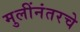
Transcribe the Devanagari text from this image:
मुलींनंतरचे